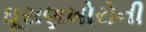
ઘૂસણખોરોની